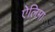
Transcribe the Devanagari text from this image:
ऐलिमा